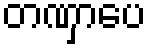
တဏှာပေ